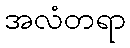
အလံတရာ